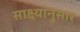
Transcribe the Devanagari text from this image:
साक्ष्यानुसार